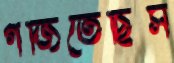
গর্জিতেছিস